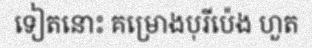
ទៀតនោះ គម្រោងបុរីប៉េង ហួត